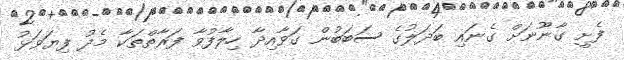
ފެށީ ގާނޫނަށް ގެނައި ބަދަލުގެ ސަބަބުން ގަވާއިދާ ހިލާފުވާ ފަރާތްތަކާ މެދު ފިޔަވަޅު